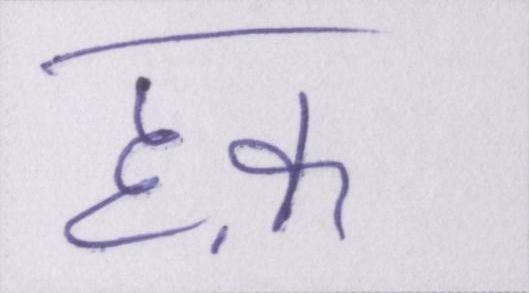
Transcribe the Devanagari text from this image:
हक़